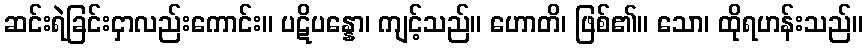
ဆင်းရဲခြင်းငှာလည်းကောင်း။ ပဋိပန္နော၊ ကျင့်သည်။ ဟောတိ၊ ဖြစ်၏။ သော၊ ထိုရဟန်းသည်။